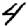
Digit: 4